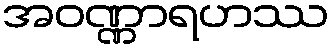
အဝဏ္ဏာရဟဿ